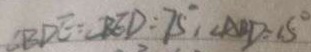
\angle B D E = B E D = 7 5 ^ { \circ } , \angle A B D = 1 5 ^ { \circ }